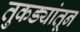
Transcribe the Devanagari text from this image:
तुकड्यांतून